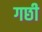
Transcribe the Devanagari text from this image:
गछी